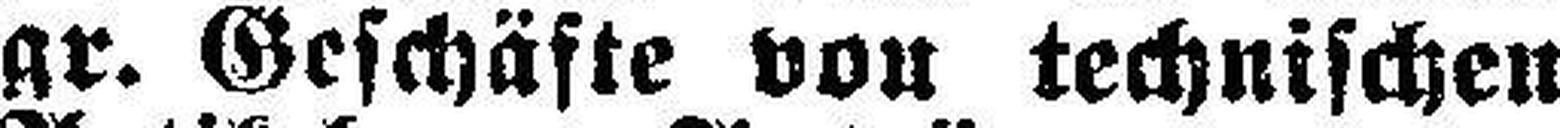
gr. Geschäfte von technischen